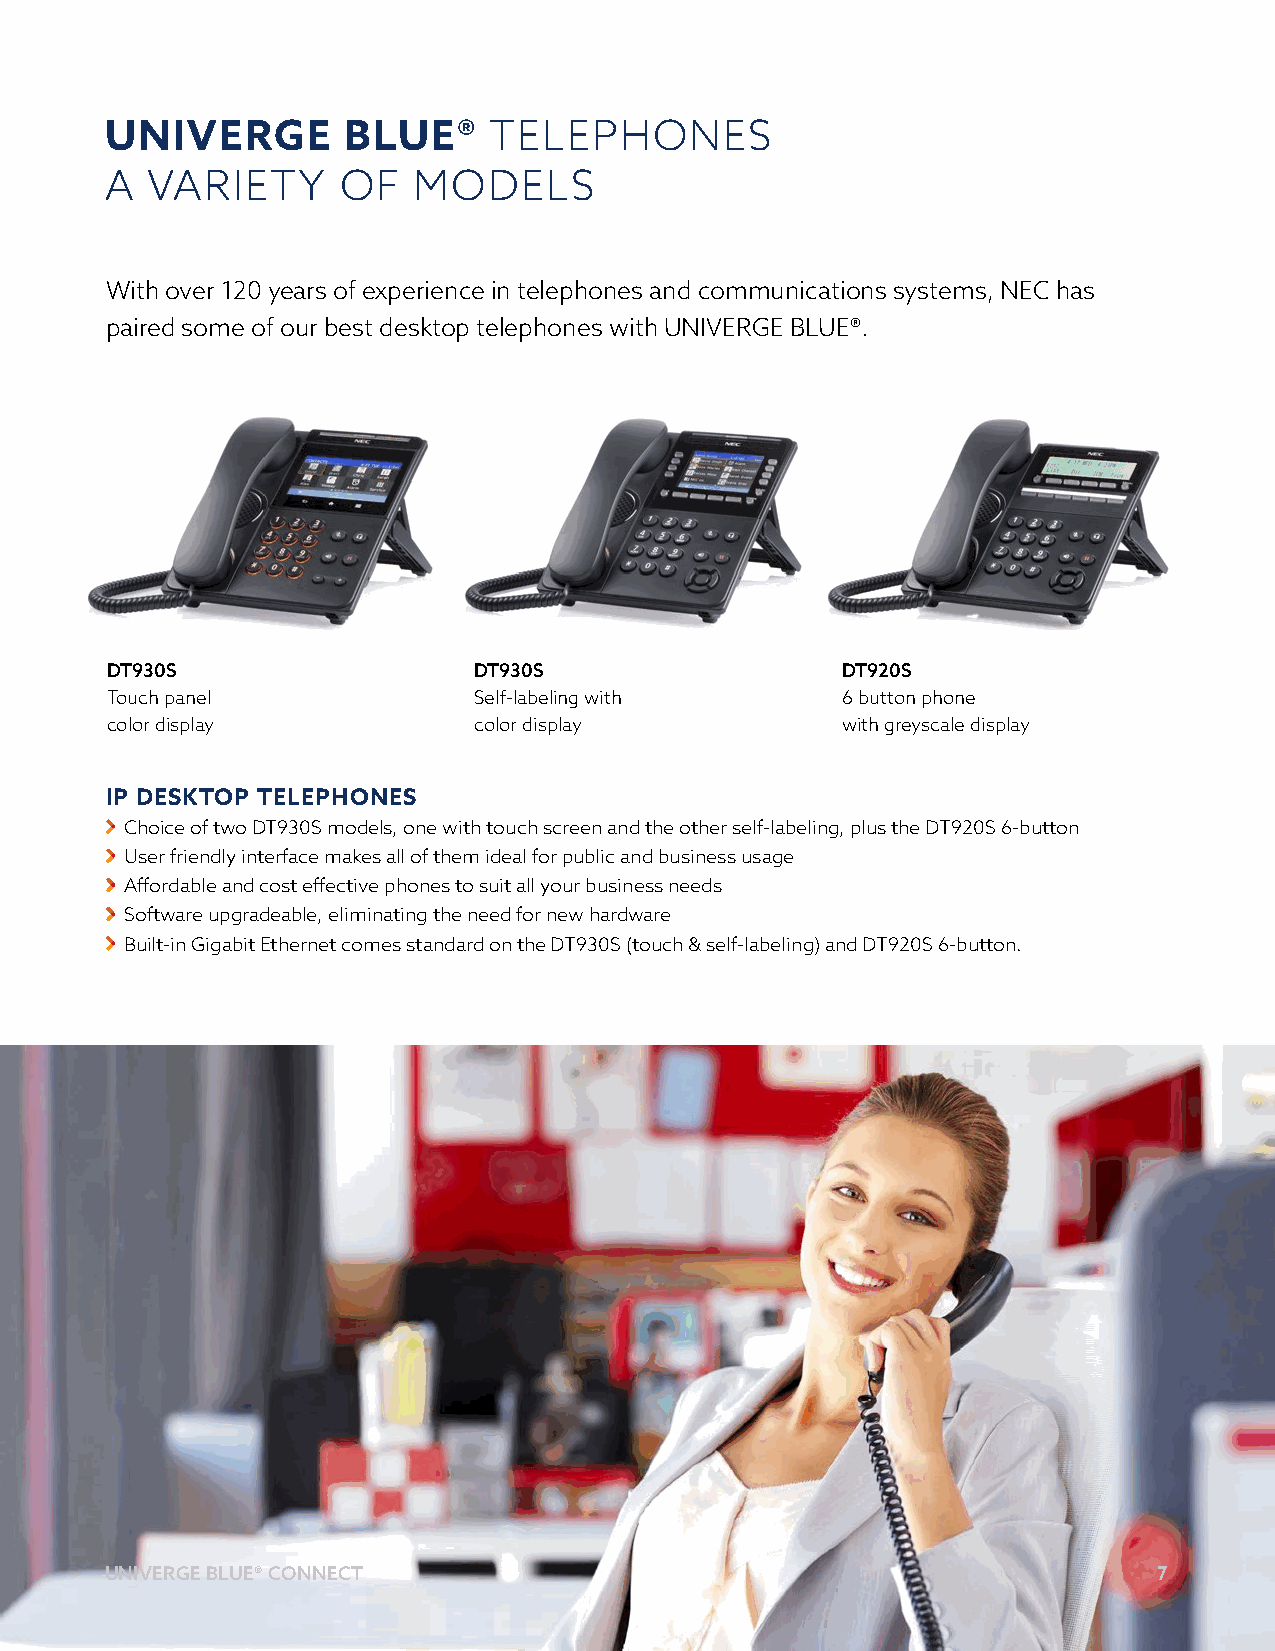
UNIVERGE        BLUE®    TELEPHONES
 A  VARIETY     OF   MODELS
 With over 120 years of experience in telephones and communications systems, NEC has
 paired some of our best desktop telephones with UNIVERGE BLUE®.
 DT930S                  DT930S                   DT920S
 Touch panel             Self-labeling with       6 button phone
 color display           color display            with greyscale display
 IP DESKTOP TELEPHONES
 Choice of two DT930S models, one with touch screen and the other self-labeling, plus the DT920S 6-button
 User friendly interface makes all of them ideal for public and business usage
 Affordable and cost effective phones to suit all your business needs
 Software upgradeable, eliminating the need for new hardware
 Built-in Gigabit Ethernet comes standard on the DT930S (touch & self-labeling) and DT920S 6-button.
 UUNNIIVVEERRGGEE BBLLUUEE®® PCAORNTNNEECRT G UIDE                     77